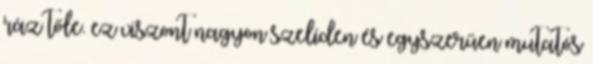
ráz tőle. ez viszont nagyon szelíden és egyszerűen mutatós